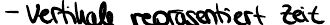
- Vertikale repräsentiert Zeit